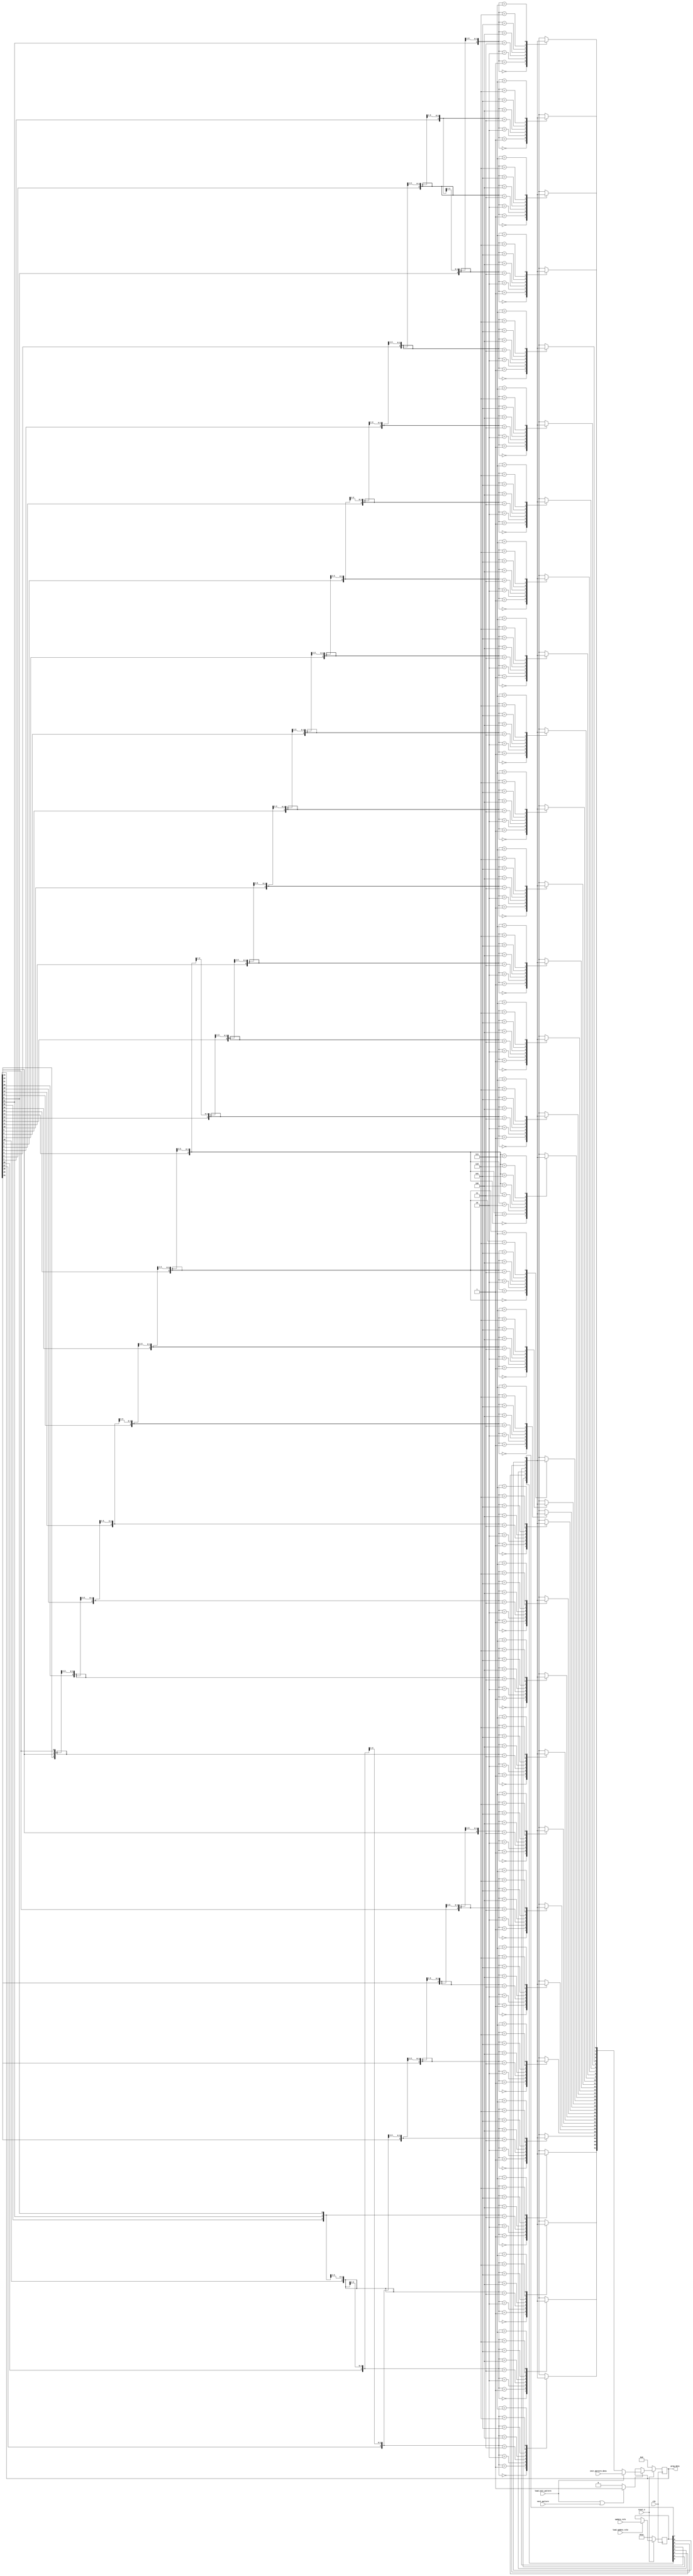
//========================================================================
//
// ca_prng.v
// ---------
// Cellular Automata (CA) PRNG. This version produces PRNG words
// with 32 bits.
// 
// Version: v1.1, 2009-03-20
// Generated by: gen_ca_prng_rtl.py v2.0, 2009-03-20
// 
// 
// Copyright (c) 2008, InformAsic AB
// All rights reserved.
// 
// Redistribution and use in source and binary forms, with or without
// modification, are permitted provided that the following conditions
// are met:
//     * Redistributions of source code must retain the above copyright
//       notice, this list of conditions and the following disclaimer.
// 
//     * Redistributions in binary form must reproduce the above
//       copyright notice, this list of conditions and the following
//       disclaimer in the documentation and/or other materials
//       provided with the distribution.
// 
// THIS SOFTWARE IS PROVIDED BY InformAsic AB ''AS IS'' AND ANY EXPRESS
// OR IMPLIED WARRANTIES, INCLUDING, BUT NOT LIMITED TO, THE IMPLIED
// WARRANTIES OF MERCHANTABILITY AND FITNESS FOR A PARTICULAR PURPOSE
// ARE DISCLAIMED. IN NO EVENT SHALL InformAsic AB BE LIABLE FOR ANY
// DIRECT, INDIRECT, INCIDENTAL, SPECIAL, EXEMPLARY, OR CONSEQUENTIAL
// DAMAGES (INCLUDING, BUT NOT LIMITED TO, PROCUREMENT OF SUBSTITUTE
// GOODS OR SERVICES; LOSS OF USE, DATA, OR PROFITS; OR BUSINESS
// INTERRUPTION) HOWEVER CAUSED AND ON ANY THEORY OF LIABILITY,
// WHETHER IN CONTRACT, STRICT LIABILITY, OR TORT (INCLUDING
// NEGLIGENCE OR OTHERWISE) ARISING IN ANY WAY OUT OF THE USE OF THIS
// SOFTWARE, EVEN IF ADVISED OF THE POSSIBILITY OF SUCH DAMAGE.
// 
//========================================================================

module ca_prng(
               input wire           clk,
               input wire           reset_n,

               input wire [31 : 0]  init_pattern_data,
               input wire           load_init_pattern,
               input wire           next_pattern,

               input wire [7 : 0]   update_rule,
               input wire           load_update_rule,

               output wire [31 : 0] prng_data
              );


  //--------------------------------------------------------------------
  // Constant declarations.
  //--------------------------------------------------------------------
  // DEFAULT_RULE
  // The Default update rule - rule 30.
  parameter [7 : 0] DEFAULT_RULE = 8'b00011110;


  //--------------------------------------------------------------------
  // Register declarations.
  //--------------------------------------------------------------------
  // ca_state_reg
  // State register for the CA cells, one bit for each cell.
  reg [31 : 0] ca_state_reg;
  reg [31 : 0] ca_state_new;
  reg          ca_state_we;

  // update_rule_reg
  // Register for the update rule.
  reg [7 : 0] update_rule_reg;


  //--------------------------------------------------------------------
  // Wire declarations.
  //--------------------------------------------------------------------
  // tmp_ca_state_new
  // temporary update vector. Is muxed to the real update vector
  // if the load_init_pattern control signal is not set.
  reg [31 : 0] tmp_ca_state_new;


  //--------------------------------------------------------------------
  // Assignments.
  //--------------------------------------------------------------------
  // Connect the PRNG output port to the CA state registers.
  assign prng_data = ca_state_reg;


  //--------------------------------------------------------------------
  // reg_update
  //
  // This clocked process impement all register updates including
  // synchronous, active low reset.
  //--------------------------------------------------------------------
  always @ (posedge clk)
    begin : reg_update
      if (!reset_n)
        begin
          // Register reset.
          update_rule_reg <= DEFAULT_RULE;
          ca_state_reg    <= 32'b00000000000000000000000000000000;
        end
      else
        begin
          // Normal register update.

          if (load_update_rule)
            begin
              update_rule_reg <= update_rule;
           end

          if (ca_state_we)
            begin
              ca_state_reg <= ca_state_new;
           end
         end
    end // reg_update


  //--------------------------------------------------------------------
  // ca_state_update
  //
  // State update logic for the CA cells. This is where we implement
  // the Rule 30-logic as well as init pattern assignment.
  //--------------------------------------------------------------------
  always @*
    begin : ca_state_update
      // Update for ca_state_reg bit 0.
      case({ca_state_reg[31], ca_state_reg[0], ca_state_reg[1]})
        0:
        begin
          tmp_ca_state_new[0] = update_rule_reg[0];
        end
        1:
        begin
          tmp_ca_state_new[0] = update_rule_reg[1];
        end
        2:
        begin
          tmp_ca_state_new[0] = update_rule_reg[2];
        end
        3:
        begin
          tmp_ca_state_new[0] = update_rule_reg[3];
        end
        4:
        begin
          tmp_ca_state_new[0] = update_rule_reg[4];
        end
        5:
        begin
          tmp_ca_state_new[0] = update_rule_reg[5];
        end
        6:
        begin
          tmp_ca_state_new[0] = update_rule_reg[6];
        end
        7:
        begin
          tmp_ca_state_new[0] = update_rule_reg[7];
        end
      endcase // tmp_ca_state_new[0]

      // Update for ca_state_reg bit 1.
      case({ca_state_reg[0], ca_state_reg[1], ca_state_reg[2]})
        0:
        begin
          tmp_ca_state_new[1] = update_rule_reg[0];
        end
        1:
        begin
          tmp_ca_state_new[1] = update_rule_reg[1];
        end
        2:
        begin
          tmp_ca_state_new[1] = update_rule_reg[2];
        end
        3:
        begin
          tmp_ca_state_new[1] = update_rule_reg[3];
        end
        4:
        begin
          tmp_ca_state_new[1] = update_rule_reg[4];
        end
        5:
        begin
          tmp_ca_state_new[1] = update_rule_reg[5];
        end
        6:
        begin
          tmp_ca_state_new[1] = update_rule_reg[6];
        end
        7:
        begin
          tmp_ca_state_new[1] = update_rule_reg[7];
        end
      endcase // tmp_ca_state_new[1]

      // Update for ca_state_reg bit 2.
      case({ca_state_reg[1], ca_state_reg[2], ca_state_reg[3]})
        0:
        begin
          tmp_ca_state_new[2] = update_rule_reg[0];
        end
        1:
        begin
          tmp_ca_state_new[2] = update_rule_reg[1];
        end
        2:
        begin
          tmp_ca_state_new[2] = update_rule_reg[2];
        end
        3:
        begin
          tmp_ca_state_new[2] = update_rule_reg[3];
        end
        4:
        begin
          tmp_ca_state_new[2] = update_rule_reg[4];
        end
        5:
        begin
          tmp_ca_state_new[2] = update_rule_reg[5];
        end
        6:
        begin
          tmp_ca_state_new[2] = update_rule_reg[6];
        end
        7:
        begin
          tmp_ca_state_new[2] = update_rule_reg[7];
        end
      endcase // tmp_ca_state_new[2]

      // Update for ca_state_reg bit 3.
      case({ca_state_reg[2], ca_state_reg[3], ca_state_reg[4]})
        0:
        begin
          tmp_ca_state_new[3] = update_rule_reg[0];
        end
        1:
        begin
          tmp_ca_state_new[3] = update_rule_reg[1];
        end
        2:
        begin
          tmp_ca_state_new[3] = update_rule_reg[2];
        end
        3:
        begin
          tmp_ca_state_new[3] = update_rule_reg[3];
        end
        4:
        begin
          tmp_ca_state_new[3] = update_rule_reg[4];
        end
        5:
        begin
          tmp_ca_state_new[3] = update_rule_reg[5];
        end
        6:
        begin
          tmp_ca_state_new[3] = update_rule_reg[6];
        end
        7:
        begin
          tmp_ca_state_new[3] = update_rule_reg[7];
        end
      endcase // tmp_ca_state_new[3]

      // Update for ca_state_reg bit 4.
      case({ca_state_reg[3], ca_state_reg[4], ca_state_reg[5]})
        0:
        begin
          tmp_ca_state_new[4] = update_rule_reg[0];
        end
        1:
        begin
          tmp_ca_state_new[4] = update_rule_reg[1];
        end
        2:
        begin
          tmp_ca_state_new[4] = update_rule_reg[2];
        end
        3:
        begin
          tmp_ca_state_new[4] = update_rule_reg[3];
        end
        4:
        begin
          tmp_ca_state_new[4] = update_rule_reg[4];
        end
        5:
        begin
          tmp_ca_state_new[4] = update_rule_reg[5];
        end
        6:
        begin
          tmp_ca_state_new[4] = update_rule_reg[6];
        end
        7:
        begin
          tmp_ca_state_new[4] = update_rule_reg[7];
        end
      endcase // tmp_ca_state_new[4]

      // Update for ca_state_reg bit 5.
      case({ca_state_reg[4], ca_state_reg[5], ca_state_reg[6]})
        0:
        begin
          tmp_ca_state_new[5] = update_rule_reg[0];
        end
        1:
        begin
          tmp_ca_state_new[5] = update_rule_reg[1];
        end
        2:
        begin
          tmp_ca_state_new[5] = update_rule_reg[2];
        end
        3:
        begin
          tmp_ca_state_new[5] = update_rule_reg[3];
        end
        4:
        begin
          tmp_ca_state_new[5] = update_rule_reg[4];
        end
        5:
        begin
          tmp_ca_state_new[5] = update_rule_reg[5];
        end
        6:
        begin
          tmp_ca_state_new[5] = update_rule_reg[6];
        end
        7:
        begin
          tmp_ca_state_new[5] = update_rule_reg[7];
        end
      endcase // tmp_ca_state_new[5]

      // Update for ca_state_reg bit 6.
      case({ca_state_reg[5], ca_state_reg[6], ca_state_reg[7]})
        0:
        begin
          tmp_ca_state_new[6] = update_rule_reg[0];
        end
        1:
        begin
          tmp_ca_state_new[6] = update_rule_reg[1];
        end
        2:
        begin
          tmp_ca_state_new[6] = update_rule_reg[2];
        end
        3:
        begin
          tmp_ca_state_new[6] = update_rule_reg[3];
        end
        4:
        begin
          tmp_ca_state_new[6] = update_rule_reg[4];
        end
        5:
        begin
          tmp_ca_state_new[6] = update_rule_reg[5];
        end
        6:
        begin
          tmp_ca_state_new[6] = update_rule_reg[6];
        end
        7:
        begin
          tmp_ca_state_new[6] = update_rule_reg[7];
        end
      endcase // tmp_ca_state_new[6]

      // Update for ca_state_reg bit 7.
      case({ca_state_reg[6], ca_state_reg[7], ca_state_reg[8]})
        0:
        begin
          tmp_ca_state_new[7] = update_rule_reg[0];
        end
        1:
        begin
          tmp_ca_state_new[7] = update_rule_reg[1];
        end
        2:
        begin
          tmp_ca_state_new[7] = update_rule_reg[2];
        end
        3:
        begin
          tmp_ca_state_new[7] = update_rule_reg[3];
        end
        4:
        begin
          tmp_ca_state_new[7] = update_rule_reg[4];
        end
        5:
        begin
          tmp_ca_state_new[7] = update_rule_reg[5];
        end
        6:
        begin
          tmp_ca_state_new[7] = update_rule_reg[6];
        end
        7:
        begin
          tmp_ca_state_new[7] = update_rule_reg[7];
        end
      endcase // tmp_ca_state_new[7]

      // Update for ca_state_reg bit 8.
      case({ca_state_reg[7], ca_state_reg[8], ca_state_reg[9]})
        0:
        begin
          tmp_ca_state_new[8] = update_rule_reg[0];
        end
        1:
        begin
          tmp_ca_state_new[8] = update_rule_reg[1];
        end
        2:
        begin
          tmp_ca_state_new[8] = update_rule_reg[2];
        end
        3:
        begin
          tmp_ca_state_new[8] = update_rule_reg[3];
        end
        4:
        begin
          tmp_ca_state_new[8] = update_rule_reg[4];
        end
        5:
        begin
          tmp_ca_state_new[8] = update_rule_reg[5];
        end
        6:
        begin
          tmp_ca_state_new[8] = update_rule_reg[6];
        end
        7:
        begin
          tmp_ca_state_new[8] = update_rule_reg[7];
        end
      endcase // tmp_ca_state_new[8]

      // Update for ca_state_reg bit 9.
      case({ca_state_reg[8], ca_state_reg[9], ca_state_reg[10]})
        0:
        begin
          tmp_ca_state_new[9] = update_rule_reg[0];
        end
        1:
        begin
          tmp_ca_state_new[9] = update_rule_reg[1];
        end
        2:
        begin
          tmp_ca_state_new[9] = update_rule_reg[2];
        end
        3:
        begin
          tmp_ca_state_new[9] = update_rule_reg[3];
        end
        4:
        begin
          tmp_ca_state_new[9] = update_rule_reg[4];
        end
        5:
        begin
          tmp_ca_state_new[9] = update_rule_reg[5];
        end
        6:
        begin
          tmp_ca_state_new[9] = update_rule_reg[6];
        end
        7:
        begin
          tmp_ca_state_new[9] = update_rule_reg[7];
        end
      endcase // tmp_ca_state_new[9]

      // Update for ca_state_reg bit 10.
      case({ca_state_reg[9], ca_state_reg[10], ca_state_reg[11]})
        0:
        begin
          tmp_ca_state_new[10] = update_rule_reg[0];
        end
        1:
        begin
          tmp_ca_state_new[10] = update_rule_reg[1];
        end
        2:
        begin
          tmp_ca_state_new[10] = update_rule_reg[2];
        end
        3:
        begin
          tmp_ca_state_new[10] = update_rule_reg[3];
        end
        4:
        begin
          tmp_ca_state_new[10] = update_rule_reg[4];
        end
        5:
        begin
          tmp_ca_state_new[10] = update_rule_reg[5];
        end
        6:
        begin
          tmp_ca_state_new[10] = update_rule_reg[6];
        end
        7:
        begin
          tmp_ca_state_new[10] = update_rule_reg[7];
        end
      endcase // tmp_ca_state_new[10]

      // Update for ca_state_reg bit 11.
      case({ca_state_reg[10], ca_state_reg[11], ca_state_reg[12]})
        0:
        begin
          tmp_ca_state_new[11] = update_rule_reg[0];
        end
        1:
        begin
          tmp_ca_state_new[11] = update_rule_reg[1];
        end
        2:
        begin
          tmp_ca_state_new[11] = update_rule_reg[2];
        end
        3:
        begin
          tmp_ca_state_new[11] = update_rule_reg[3];
        end
        4:
        begin
          tmp_ca_state_new[11] = update_rule_reg[4];
        end
        5:
        begin
          tmp_ca_state_new[11] = update_rule_reg[5];
        end
        6:
        begin
          tmp_ca_state_new[11] = update_rule_reg[6];
        end
        7:
        begin
          tmp_ca_state_new[11] = update_rule_reg[7];
        end
      endcase // tmp_ca_state_new[11]

      // Update for ca_state_reg bit 12.
      case({ca_state_reg[11], ca_state_reg[12], ca_state_reg[13]})
        0:
        begin
          tmp_ca_state_new[12] = update_rule_reg[0];
        end
        1:
        begin
          tmp_ca_state_new[12] = update_rule_reg[1];
        end
        2:
        begin
          tmp_ca_state_new[12] = update_rule_reg[2];
        end
        3:
        begin
          tmp_ca_state_new[12] = update_rule_reg[3];
        end
        4:
        begin
          tmp_ca_state_new[12] = update_rule_reg[4];
        end
        5:
        begin
          tmp_ca_state_new[12] = update_rule_reg[5];
        end
        6:
        begin
          tmp_ca_state_new[12] = update_rule_reg[6];
        end
        7:
        begin
          tmp_ca_state_new[12] = update_rule_reg[7];
        end
      endcase // tmp_ca_state_new[12]

      // Update for ca_state_reg bit 13.
      case({ca_state_reg[12], ca_state_reg[13], ca_state_reg[14]})
        0:
        begin
          tmp_ca_state_new[13] = update_rule_reg[0];
        end
        1:
        begin
          tmp_ca_state_new[13] = update_rule_reg[1];
        end
        2:
        begin
          tmp_ca_state_new[13] = update_rule_reg[2];
        end
        3:
        begin
          tmp_ca_state_new[13] = update_rule_reg[3];
        end
        4:
        begin
          tmp_ca_state_new[13] = update_rule_reg[4];
        end
        5:
        begin
          tmp_ca_state_new[13] = update_rule_reg[5];
        end
        6:
        begin
          tmp_ca_state_new[13] = update_rule_reg[6];
        end
        7:
        begin
          tmp_ca_state_new[13] = update_rule_reg[7];
        end
      endcase // tmp_ca_state_new[13]

      // Update for ca_state_reg bit 14.
      case({ca_state_reg[13], ca_state_reg[14], ca_state_reg[15]})
        0:
        begin
          tmp_ca_state_new[14] = update_rule_reg[0];
        end
        1:
        begin
          tmp_ca_state_new[14] = update_rule_reg[1];
        end
        2:
        begin
          tmp_ca_state_new[14] = update_rule_reg[2];
        end
        3:
        begin
          tmp_ca_state_new[14] = update_rule_reg[3];
        end
        4:
        begin
          tmp_ca_state_new[14] = update_rule_reg[4];
        end
        5:
        begin
          tmp_ca_state_new[14] = update_rule_reg[5];
        end
        6:
        begin
          tmp_ca_state_new[14] = update_rule_reg[6];
        end
        7:
        begin
          tmp_ca_state_new[14] = update_rule_reg[7];
        end
      endcase // tmp_ca_state_new[14]

      // Update for ca_state_reg bit 15.
      case({ca_state_reg[14], ca_state_reg[15], ca_state_reg[16]})
        0:
        begin
          tmp_ca_state_new[15] = update_rule_reg[0];
        end
        1:
        begin
          tmp_ca_state_new[15] = update_rule_reg[1];
        end
        2:
        begin
          tmp_ca_state_new[15] = update_rule_reg[2];
        end
        3:
        begin
          tmp_ca_state_new[15] = update_rule_reg[3];
        end
        4:
        begin
          tmp_ca_state_new[15] = update_rule_reg[4];
        end
        5:
        begin
          tmp_ca_state_new[15] = update_rule_reg[5];
        end
        6:
        begin
          tmp_ca_state_new[15] = update_rule_reg[6];
        end
        7:
        begin
          tmp_ca_state_new[15] = update_rule_reg[7];
        end
      endcase // tmp_ca_state_new[15]

      // Update for ca_state_reg bit 16.
      case({ca_state_reg[15], ca_state_reg[16], ca_state_reg[17]})
        0:
        begin
          tmp_ca_state_new[16] = update_rule_reg[0];
        end
        1:
        begin
          tmp_ca_state_new[16] = update_rule_reg[1];
        end
        2:
        begin
          tmp_ca_state_new[16] = update_rule_reg[2];
        end
        3:
        begin
          tmp_ca_state_new[16] = update_rule_reg[3];
        end
        4:
        begin
          tmp_ca_state_new[16] = update_rule_reg[4];
        end
        5:
        begin
          tmp_ca_state_new[16] = update_rule_reg[5];
        end
        6:
        begin
          tmp_ca_state_new[16] = update_rule_reg[6];
        end
        7:
        begin
          tmp_ca_state_new[16] = update_rule_reg[7];
        end
      endcase // tmp_ca_state_new[16]

      // Update for ca_state_reg bit 17.
      case({ca_state_reg[16], ca_state_reg[17], ca_state_reg[18]})
        0:
        begin
          tmp_ca_state_new[17] = update_rule_reg[0];
        end
        1:
        begin
          tmp_ca_state_new[17] = update_rule_reg[1];
        end
        2:
        begin
          tmp_ca_state_new[17] = update_rule_reg[2];
        end
        3:
        begin
          tmp_ca_state_new[17] = update_rule_reg[3];
        end
        4:
        begin
          tmp_ca_state_new[17] = update_rule_reg[4];
        end
        5:
        begin
          tmp_ca_state_new[17] = update_rule_reg[5];
        end
        6:
        begin
          tmp_ca_state_new[17] = update_rule_reg[6];
        end
        7:
        begin
          tmp_ca_state_new[17] = update_rule_reg[7];
        end
      endcase // tmp_ca_state_new[17]

      // Update for ca_state_reg bit 18.
      case({ca_state_reg[17], ca_state_reg[18], ca_state_reg[19]})
        0:
        begin
          tmp_ca_state_new[18] = update_rule_reg[0];
        end
        1:
        begin
          tmp_ca_state_new[18] = update_rule_reg[1];
        end
        2:
        begin
          tmp_ca_state_new[18] = update_rule_reg[2];
        end
        3:
        begin
          tmp_ca_state_new[18] = update_rule_reg[3];
        end
        4:
        begin
          tmp_ca_state_new[18] = update_rule_reg[4];
        end
        5:
        begin
          tmp_ca_state_new[18] = update_rule_reg[5];
        end
        6:
        begin
          tmp_ca_state_new[18] = update_rule_reg[6];
        end
        7:
        begin
          tmp_ca_state_new[18] = update_rule_reg[7];
        end
      endcase // tmp_ca_state_new[18]

      // Update for ca_state_reg bit 19.
      case({ca_state_reg[18], ca_state_reg[19], ca_state_reg[20]})
        0:
        begin
          tmp_ca_state_new[19] = update_rule_reg[0];
        end
        1:
        begin
          tmp_ca_state_new[19] = update_rule_reg[1];
        end
        2:
        begin
          tmp_ca_state_new[19] = update_rule_reg[2];
        end
        3:
        begin
          tmp_ca_state_new[19] = update_rule_reg[3];
        end
        4:
        begin
          tmp_ca_state_new[19] = update_rule_reg[4];
        end
        5:
        begin
          tmp_ca_state_new[19] = update_rule_reg[5];
        end
        6:
        begin
          tmp_ca_state_new[19] = update_rule_reg[6];
        end
        7:
        begin
          tmp_ca_state_new[19] = update_rule_reg[7];
        end
      endcase // tmp_ca_state_new[19]

      // Update for ca_state_reg bit 20.
      case({ca_state_reg[19], ca_state_reg[20], ca_state_reg[21]})
        0:
        begin
          tmp_ca_state_new[20] = update_rule_reg[0];
        end
        1:
        begin
          tmp_ca_state_new[20] = update_rule_reg[1];
        end
        2:
        begin
          tmp_ca_state_new[20] = update_rule_reg[2];
        end
        3:
        begin
          tmp_ca_state_new[20] = update_rule_reg[3];
        end
        4:
        begin
          tmp_ca_state_new[20] = update_rule_reg[4];
        end
        5:
        begin
          tmp_ca_state_new[20] = update_rule_reg[5];
        end
        6:
        begin
          tmp_ca_state_new[20] = update_rule_reg[6];
        end
        7:
        begin
          tmp_ca_state_new[20] = update_rule_reg[7];
        end
      endcase // tmp_ca_state_new[20]

      // Update for ca_state_reg bit 21.
      case({ca_state_reg[20], ca_state_reg[21], ca_state_reg[22]})
        0:
        begin
          tmp_ca_state_new[21] = update_rule_reg[0];
        end
        1:
        begin
          tmp_ca_state_new[21] = update_rule_reg[1];
        end
        2:
        begin
          tmp_ca_state_new[21] = update_rule_reg[2];
        end
        3:
        begin
          tmp_ca_state_new[21] = update_rule_reg[3];
        end
        4:
        begin
          tmp_ca_state_new[21] = update_rule_reg[4];
        end
        5:
        begin
          tmp_ca_state_new[21] = update_rule_reg[5];
        end
        6:
        begin
          tmp_ca_state_new[21] = update_rule_reg[6];
        end
        7:
        begin
          tmp_ca_state_new[21] = update_rule_reg[7];
        end
      endcase // tmp_ca_state_new[21]

      // Update for ca_state_reg bit 22.
      case({ca_state_reg[21], ca_state_reg[22], ca_state_reg[23]})
        0:
        begin
          tmp_ca_state_new[22] = update_rule_reg[0];
        end
        1:
        begin
          tmp_ca_state_new[22] = update_rule_reg[1];
        end
        2:
        begin
          tmp_ca_state_new[22] = update_rule_reg[2];
        end
        3:
        begin
          tmp_ca_state_new[22] = update_rule_reg[3];
        end
        4:
        begin
          tmp_ca_state_new[22] = update_rule_reg[4];
        end
        5:
        begin
          tmp_ca_state_new[22] = update_rule_reg[5];
        end
        6:
        begin
          tmp_ca_state_new[22] = update_rule_reg[6];
        end
        7:
        begin
          tmp_ca_state_new[22] = update_rule_reg[7];
        end
      endcase // tmp_ca_state_new[22]

      // Update for ca_state_reg bit 23.
      case({ca_state_reg[22], ca_state_reg[23], ca_state_reg[24]})
        0:
        begin
          tmp_ca_state_new[23] = update_rule_reg[0];
        end
        1:
        begin
          tmp_ca_state_new[23] = update_rule_reg[1];
        end
        2:
        begin
          tmp_ca_state_new[23] = update_rule_reg[2];
        end
        3:
        begin
          tmp_ca_state_new[23] = update_rule_reg[3];
        end
        4:
        begin
          tmp_ca_state_new[23] = update_rule_reg[4];
        end
        5:
        begin
          tmp_ca_state_new[23] = update_rule_reg[5];
        end
        6:
        begin
          tmp_ca_state_new[23] = update_rule_reg[6];
        end
        7:
        begin
          tmp_ca_state_new[23] = update_rule_reg[7];
        end
      endcase // tmp_ca_state_new[23]

      // Update for ca_state_reg bit 24.
      case({ca_state_reg[23], ca_state_reg[24], ca_state_reg[25]})
        0:
        begin
          tmp_ca_state_new[24] = update_rule_reg[0];
        end
        1:
        begin
          tmp_ca_state_new[24] = update_rule_reg[1];
        end
        2:
        begin
          tmp_ca_state_new[24] = update_rule_reg[2];
        end
        3:
        begin
          tmp_ca_state_new[24] = update_rule_reg[3];
        end
        4:
        begin
          tmp_ca_state_new[24] = update_rule_reg[4];
        end
        5:
        begin
          tmp_ca_state_new[24] = update_rule_reg[5];
        end
        6:
        begin
          tmp_ca_state_new[24] = update_rule_reg[6];
        end
        7:
        begin
          tmp_ca_state_new[24] = update_rule_reg[7];
        end
      endcase // tmp_ca_state_new[24]

      // Update for ca_state_reg bit 25.
      case({ca_state_reg[24], ca_state_reg[25], ca_state_reg[26]})
        0:
        begin
          tmp_ca_state_new[25] = update_rule_reg[0];
        end
        1:
        begin
          tmp_ca_state_new[25] = update_rule_reg[1];
        end
        2:
        begin
          tmp_ca_state_new[25] = update_rule_reg[2];
        end
        3:
        begin
          tmp_ca_state_new[25] = update_rule_reg[3];
        end
        4:
        begin
          tmp_ca_state_new[25] = update_rule_reg[4];
        end
        5:
        begin
          tmp_ca_state_new[25] = update_rule_reg[5];
        end
        6:
        begin
          tmp_ca_state_new[25] = update_rule_reg[6];
        end
        7:
        begin
          tmp_ca_state_new[25] = update_rule_reg[7];
        end
      endcase // tmp_ca_state_new[25]

      // Update for ca_state_reg bit 26.
      case({ca_state_reg[25], ca_state_reg[26], ca_state_reg[27]})
        0:
        begin
          tmp_ca_state_new[26] = update_rule_reg[0];
        end
        1:
        begin
          tmp_ca_state_new[26] = update_rule_reg[1];
        end
        2:
        begin
          tmp_ca_state_new[26] = update_rule_reg[2];
        end
        3:
        begin
          tmp_ca_state_new[26] = update_rule_reg[3];
        end
        4:
        begin
          tmp_ca_state_new[26] = update_rule_reg[4];
        end
        5:
        begin
          tmp_ca_state_new[26] = update_rule_reg[5];
        end
        6:
        begin
          tmp_ca_state_new[26] = update_rule_reg[6];
        end
        7:
        begin
          tmp_ca_state_new[26] = update_rule_reg[7];
        end
      endcase // tmp_ca_state_new[26]

      // Update for ca_state_reg bit 27.
      case({ca_state_reg[26], ca_state_reg[27], ca_state_reg[28]})
        0:
        begin
          tmp_ca_state_new[27] = update_rule_reg[0];
        end
        1:
        begin
          tmp_ca_state_new[27] = update_rule_reg[1];
        end
        2:
        begin
          tmp_ca_state_new[27] = update_rule_reg[2];
        end
        3:
        begin
          tmp_ca_state_new[27] = update_rule_reg[3];
        end
        4:
        begin
          tmp_ca_state_new[27] = update_rule_reg[4];
        end
        5:
        begin
          tmp_ca_state_new[27] = update_rule_reg[5];
        end
        6:
        begin
          tmp_ca_state_new[27] = update_rule_reg[6];
        end
        7:
        begin
          tmp_ca_state_new[27] = update_rule_reg[7];
        end
      endcase // tmp_ca_state_new[27]

      // Update for ca_state_reg bit 28.
      case({ca_state_reg[27], ca_state_reg[28], ca_state_reg[29]})
        0:
        begin
          tmp_ca_state_new[28] = update_rule_reg[0];
        end
        1:
        begin
          tmp_ca_state_new[28] = update_rule_reg[1];
        end
        2:
        begin
          tmp_ca_state_new[28] = update_rule_reg[2];
        end
        3:
        begin
          tmp_ca_state_new[28] = update_rule_reg[3];
        end
        4:
        begin
          tmp_ca_state_new[28] = update_rule_reg[4];
        end
        5:
        begin
          tmp_ca_state_new[28] = update_rule_reg[5];
        end
        6:
        begin
          tmp_ca_state_new[28] = update_rule_reg[6];
        end
        7:
        begin
          tmp_ca_state_new[28] = update_rule_reg[7];
        end
      endcase // tmp_ca_state_new[28]

      // Update for ca_state_reg bit 29.
      case({ca_state_reg[28], ca_state_reg[29], ca_state_reg[30]})
        0:
        begin
          tmp_ca_state_new[29] = update_rule_reg[0];
        end
        1:
        begin
          tmp_ca_state_new[29] = update_rule_reg[1];
        end
        2:
        begin
          tmp_ca_state_new[29] = update_rule_reg[2];
        end
        3:
        begin
          tmp_ca_state_new[29] = update_rule_reg[3];
        end
        4:
        begin
          tmp_ca_state_new[29] = update_rule_reg[4];
        end
        5:
        begin
          tmp_ca_state_new[29] = update_rule_reg[5];
        end
        6:
        begin
          tmp_ca_state_new[29] = update_rule_reg[6];
        end
        7:
        begin
          tmp_ca_state_new[29] = update_rule_reg[7];
        end
      endcase // tmp_ca_state_new[29]

      // Update for ca_state_reg bit 30.
      case({ca_state_reg[29], ca_state_reg[30], ca_state_reg[31]})
        0:
        begin
          tmp_ca_state_new[30] = update_rule_reg[0];
        end
        1:
        begin
          tmp_ca_state_new[30] = update_rule_reg[1];
        end
        2:
        begin
          tmp_ca_state_new[30] = update_rule_reg[2];
        end
        3:
        begin
          tmp_ca_state_new[30] = update_rule_reg[3];
        end
        4:
        begin
          tmp_ca_state_new[30] = update_rule_reg[4];
        end
        5:
        begin
          tmp_ca_state_new[30] = update_rule_reg[5];
        end
        6:
        begin
          tmp_ca_state_new[30] = update_rule_reg[6];
        end
        7:
        begin
          tmp_ca_state_new[30] = update_rule_reg[7];
        end
      endcase // tmp_ca_state_new[30]

      // Update for ca_state_reg bit 31.
      case({ca_state_reg[30], ca_state_reg[31], ca_state_reg[0]})
        0:
        begin
          tmp_ca_state_new[31] = update_rule_reg[0];
        end
        1:
        begin
          tmp_ca_state_new[31] = update_rule_reg[1];
        end
        2:
        begin
          tmp_ca_state_new[31] = update_rule_reg[2];
        end
        3:
        begin
          tmp_ca_state_new[31] = update_rule_reg[3];
        end
        4:
        begin
          tmp_ca_state_new[31] = update_rule_reg[4];
        end
        5:
        begin
          tmp_ca_state_new[31] = update_rule_reg[5];
        end
        6:
        begin
          tmp_ca_state_new[31] = update_rule_reg[6];
        end
        7:
        begin
          tmp_ca_state_new[31] = update_rule_reg[7];
        end
      endcase // tmp_ca_state_new[31]


      if (load_init_pattern)
        begin
          ca_state_new = init_pattern_data;
        end
      else
        begin
          ca_state_new = tmp_ca_state_new;
        end

      // Should an init pattern or the next pattern be stored in
      // the CA array?
      if (load_init_pattern || next_pattern)
        begin
          ca_state_we = 1;
        end
      else
        begin
          ca_state_we = 0;
        end
    end // ca_state_update


endmodule // ca_prng
//========================================================================
// EOF ca_prng.v
//========================================================================